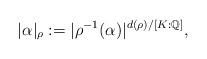
LaTeX: \begin{align*}|\alpha|_\rho := |\rho^{-1}(\alpha)|^{d(\rho)/[K:\mathbb{Q}]},\end{align*}